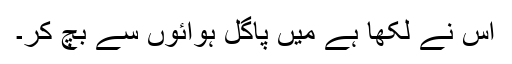
اس نے لکھا ہے میں پاگل ہوائوں سے بچ کر۔